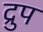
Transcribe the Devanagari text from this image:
द्रुप